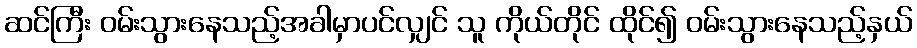
ဆင်ကြီး ဝမ်းသွားနေသည့်အခါမှာပင်လျှင် သူ ကိုယ်တိုင် ထိုင်၍ ဝမ်းသွားနေသည့်နှယ်